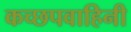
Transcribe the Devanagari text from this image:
कच्छपवाहिनी